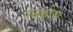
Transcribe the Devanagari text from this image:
वनक्रीडा